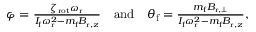
\begin{array} { r } { \varphi = \frac { \zeta _ { \mathrm { r o t } } \omega _ { \mathrm { r } } } { I _ { \mathrm { f } } \omega _ { \mathrm { r } } ^ { 2 } - m _ { \mathrm { f } } B _ { \mathrm { r } , z } } \quad \mathrm { a n d } \quad \theta _ { \mathrm { f } } = \frac { m _ { \mathrm { f } } B _ { \mathrm { r } , \perp } } { I _ { \mathrm { f } } \omega _ { \mathrm { r } } ^ { 2 } - m _ { \mathrm { f } } B _ { \mathrm { r } , z } } , } \end{array}